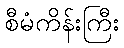
စီမံကိန်းကြီး